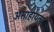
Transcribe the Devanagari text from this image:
असाहायता